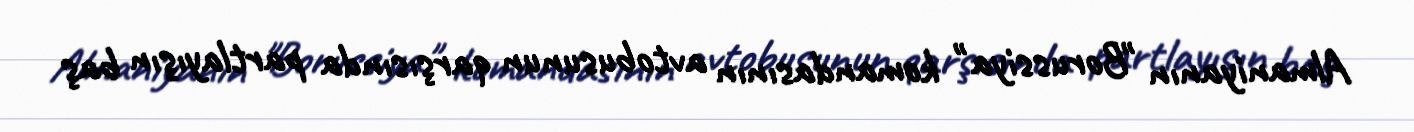
Almaniyanın "Borussiya" komandasının avtobusunun qarşısında partlayışın baş